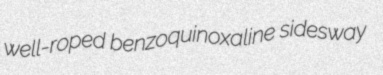
well-roped benzoquinoxaline sidesway